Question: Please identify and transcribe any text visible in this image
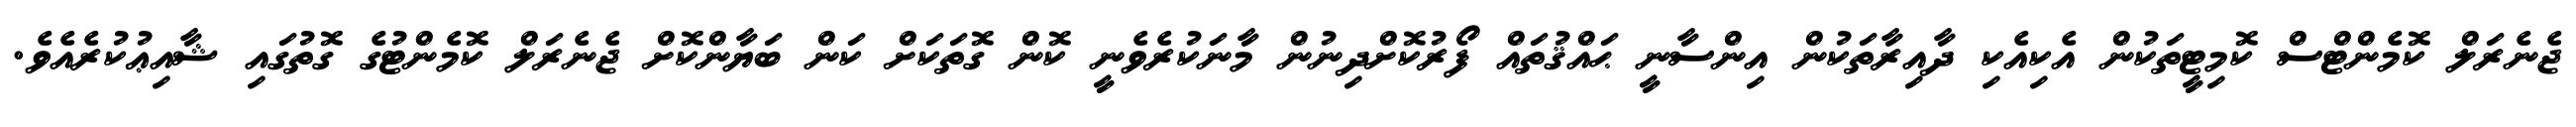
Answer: ޖެނެރަލް ކޮމެންޓްސް ކޮމިޓީތަކުން އެކިއެކި ދާއިރާތަކުން އިންސާނީ ޙައްޤުތައް ފޯރުކޮށްދިނުން މާނަކުރެވެނީ ކޮން ގޮތަކަށް ކަން ބަޔާންކޮށް ޖެނެރަލް ކޮމެންޓުގެ ގޮތުގައި ޝާއިޢުކުރެއެވެ.